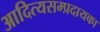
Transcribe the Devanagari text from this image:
आदित्यसम्प्रदायका